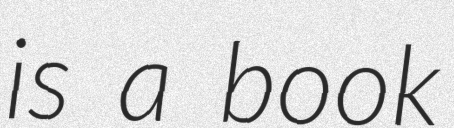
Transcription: is a book